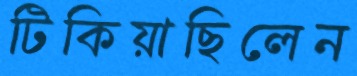
টিকিয়াছিলেন